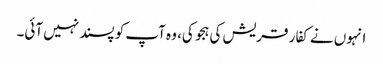
انہوں نے کفار قریش کی ہجو کی، وہ آپ کو پسند نہیں آئی۔